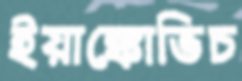
ইয়াঙ্কোভিচ